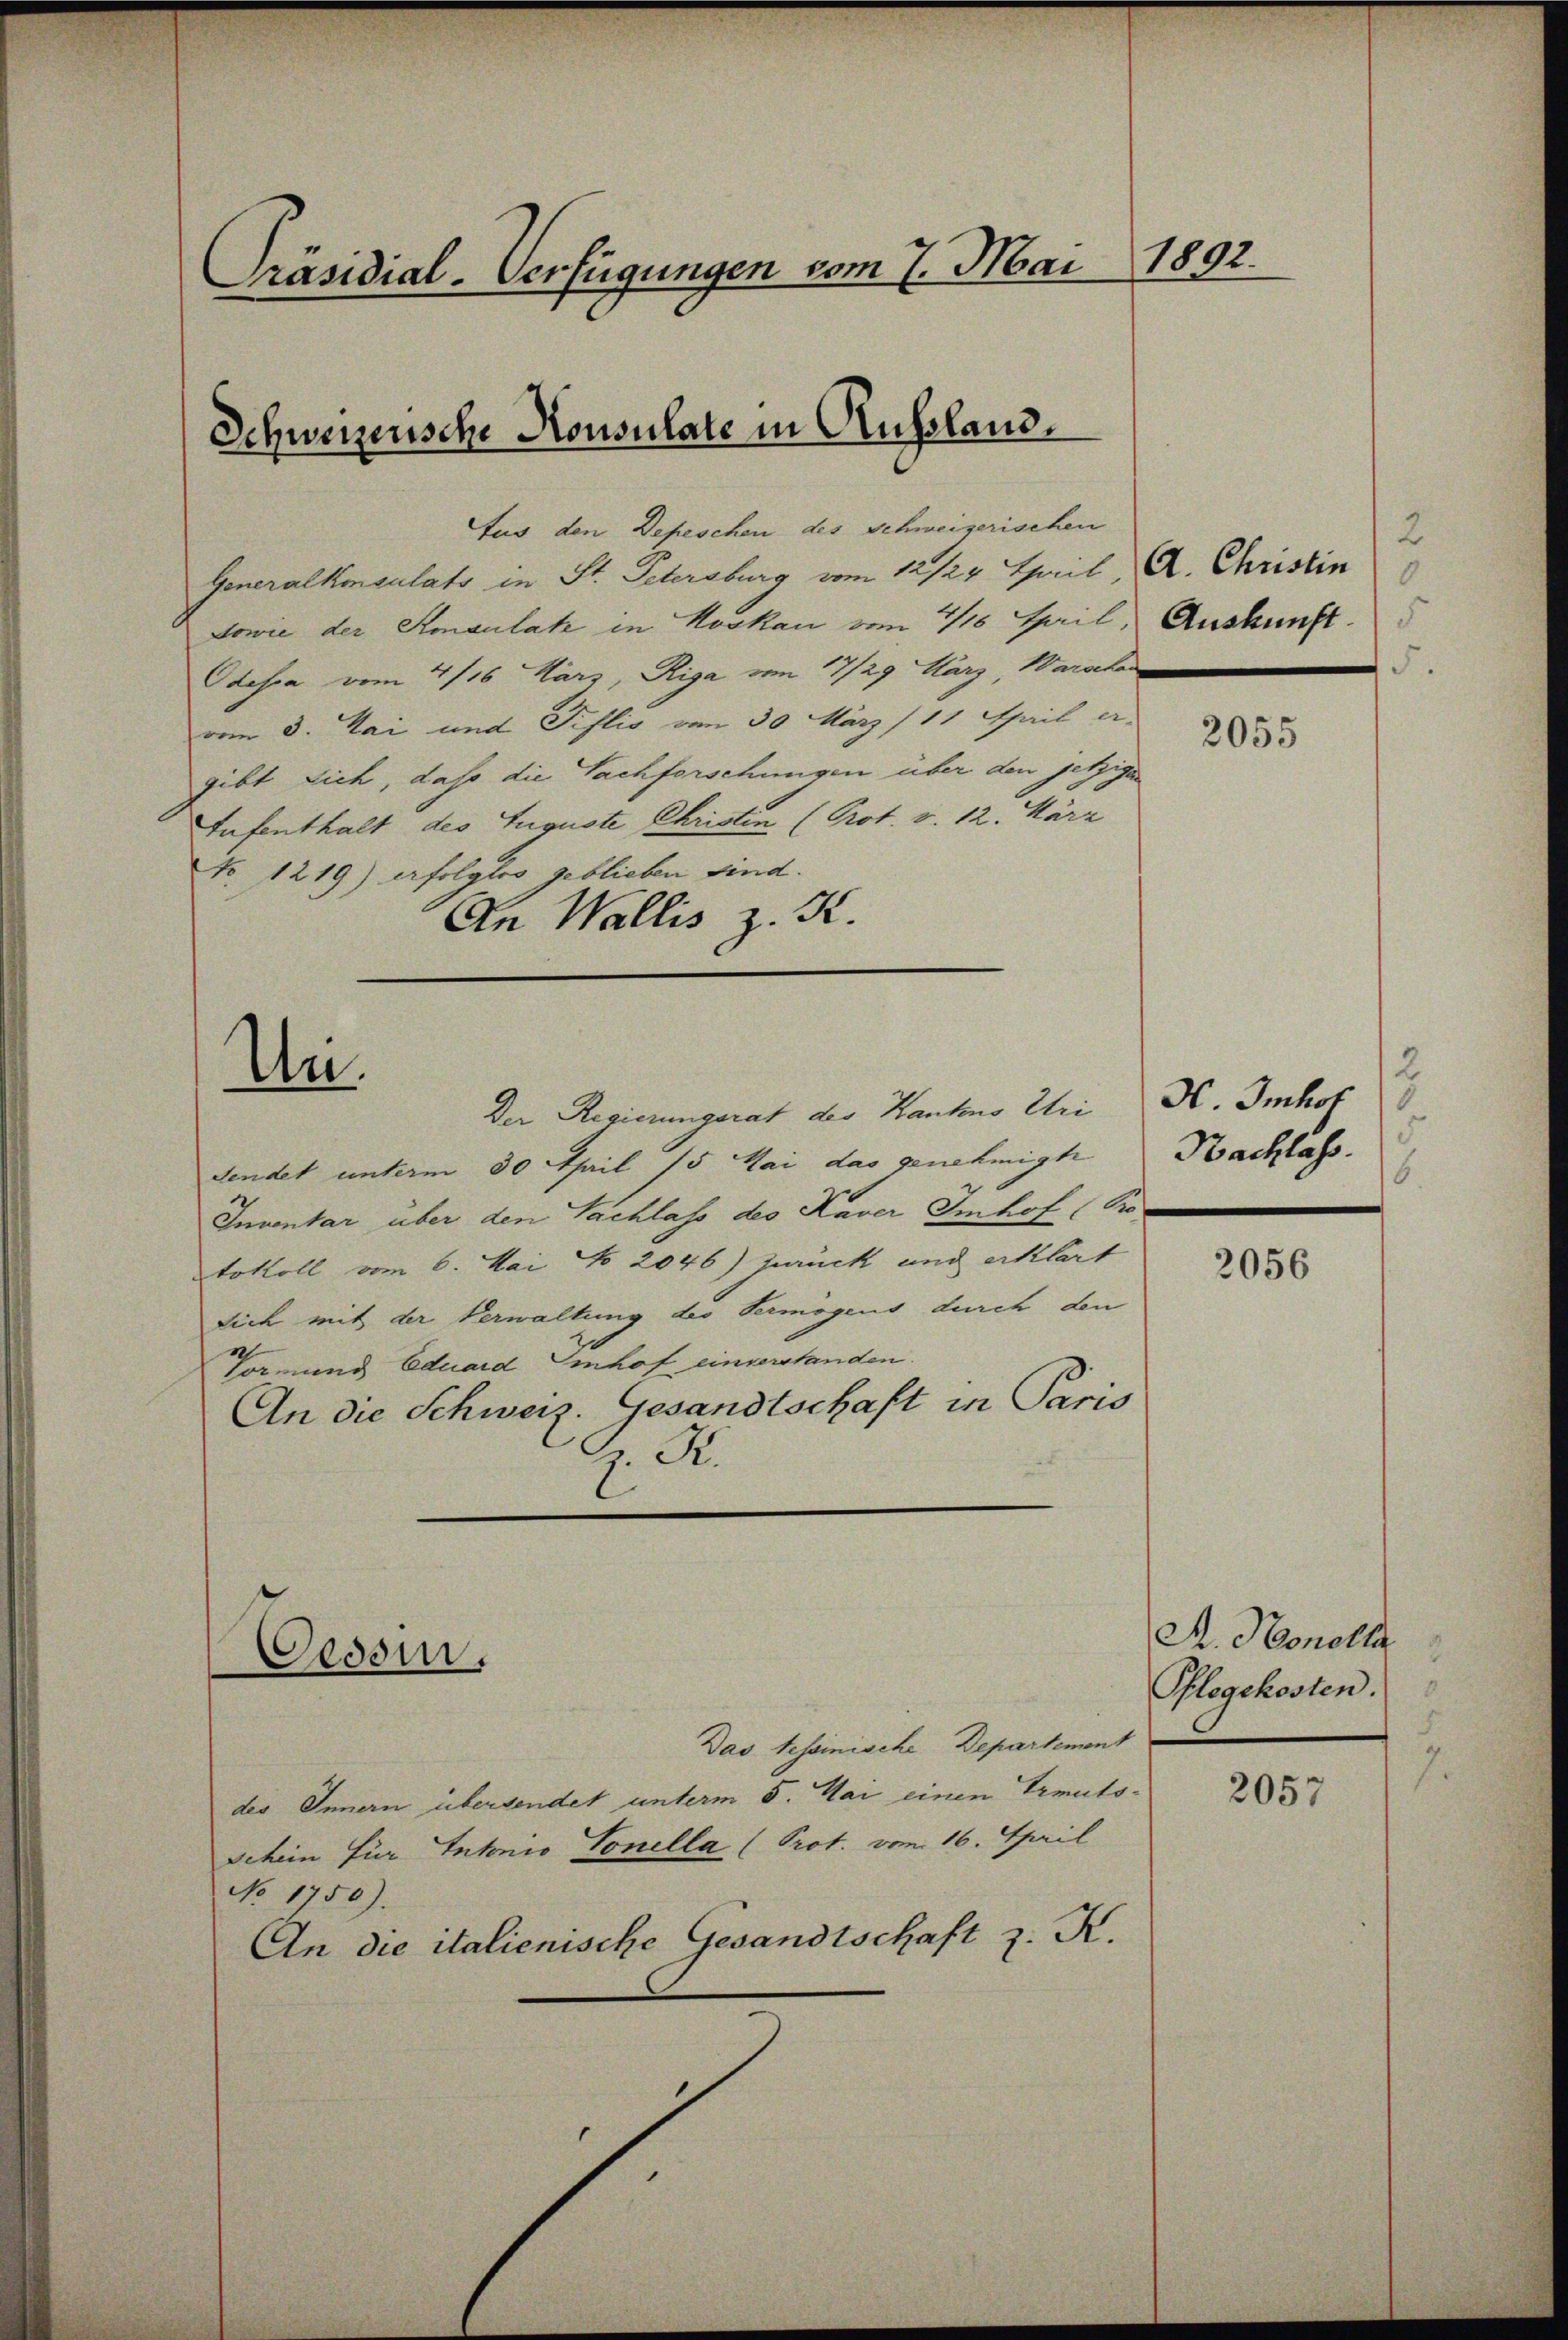
1802.
Präsidial-Verfügungen vom 7. Mai

Schweizensche Konsulate in Aussland.

Un.

Oedsm.

Das tessinische Departement
des Innern übersendet unterm 5. Mai einen Treits¬
Schein für Intonio Vonella (Prot. vom 16. April
No 1750).
An die italienische Gesandtschaft z. K.

tus den Depeschen des Schweizerischen
Generalkonsulats in St. Petersburg vom 12/29. April, A. Christin
dowie der Amaulat in Moskau vom 4/18 April, Auskunft.
Odessa vom 4/16. März, Riga vom 17/29 März, Warschen
vom 3. Mai und Piflio von 30 März/11 April a.
gibt sich, daß die Sachforschungen über den jetziger
Tufenthalt des Auguste Christen (Prot. v. 12. März
No 1219) erfolglos geblieben sind.
An Wallis z. K.

Der Regierungsrat des Kantons Uri
Fendet unterm 30 April 15 Mai das genehmigt
Inventar über den Sachlass des Haver Imhof Kotokoll vom 6. Mai No 2046) zurück und erklärt
sich mit der Verwaltung des Vermögens durch den
Vormund Eduard Imhof einverstanden.
An die Schweiz. Gesandtschaft in Paris
z. R.

2

2055

2
H. Imhof
d
Nachlass.
6

2056

A. Honolla
Pflegekosten.

2057